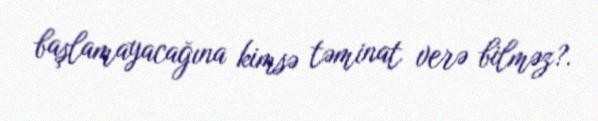
başlamayacağına kimsə təminat verə bilməz?.